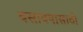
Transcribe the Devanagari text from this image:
बसावयासाठी